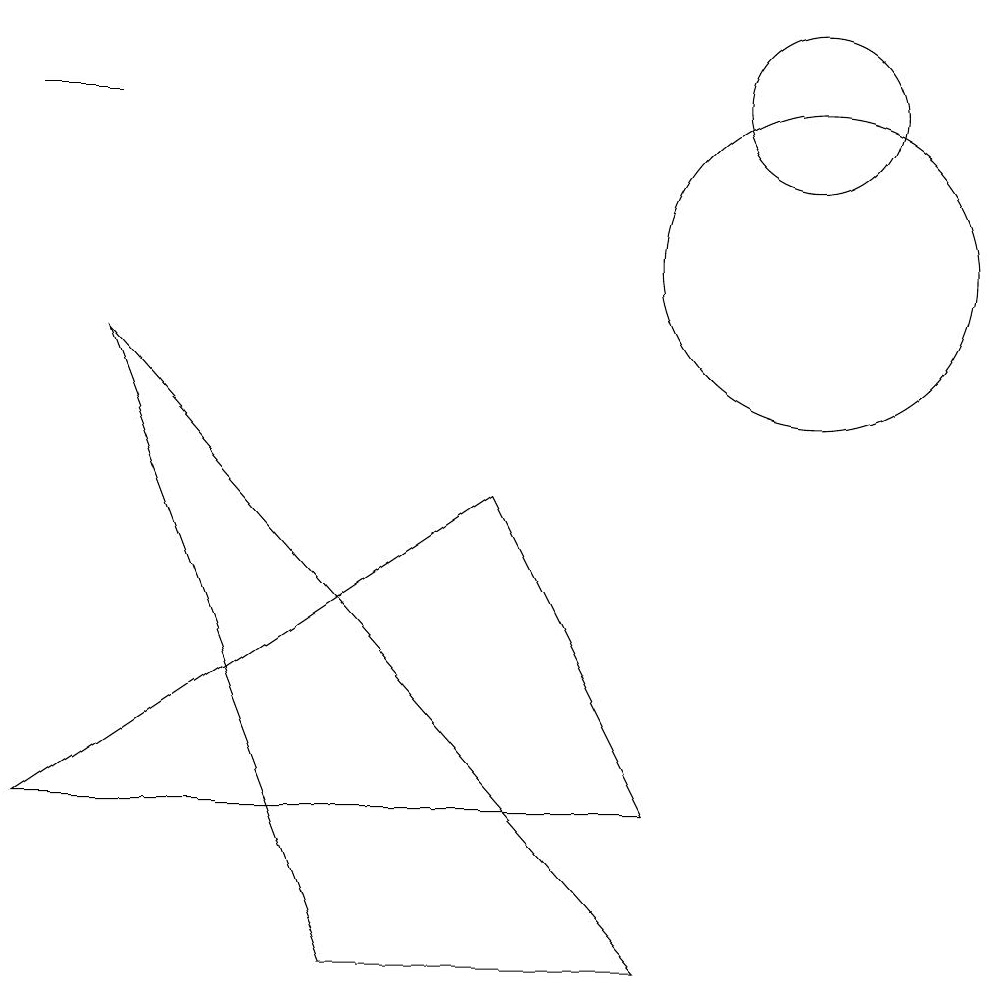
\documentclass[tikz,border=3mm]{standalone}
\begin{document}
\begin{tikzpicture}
\draw (9,3) -- (1,3) -- (7,7) -- cycle;
\draw (11,12) circle (1);
\draw (11,10) circle (2);
\draw (5,1) -- (2,9) -- (9,1) -- cycle;
\draw (2,12) rectangle (1,12);
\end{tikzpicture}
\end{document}